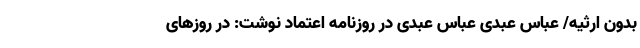
بدون ارثیه/ عباس عبدی عباس عبدی در روزنامه اعتماد نوشت: در روزهای